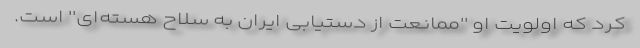
کرد که اولویت او ''ممانعت از دستیابی ایران به سلاح هسته‌ای'' است.